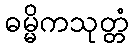
ဓမ္မိကသုတ္တံ